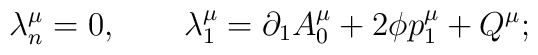
\lambda^\mu_n=0, \qquad\lambda^\mu_1=\partial_1 A^\mu_0+2\phi p^\mu_1+Q^\mu;